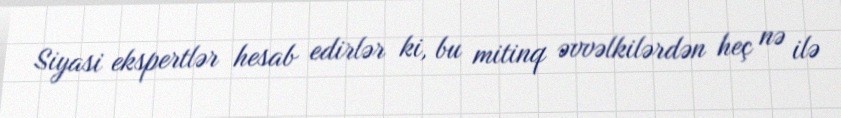
Siyasi ekspertlər hesab edirlər ki, bu mitinq əvvəlkilərdən heç nə ilə